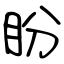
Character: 盼